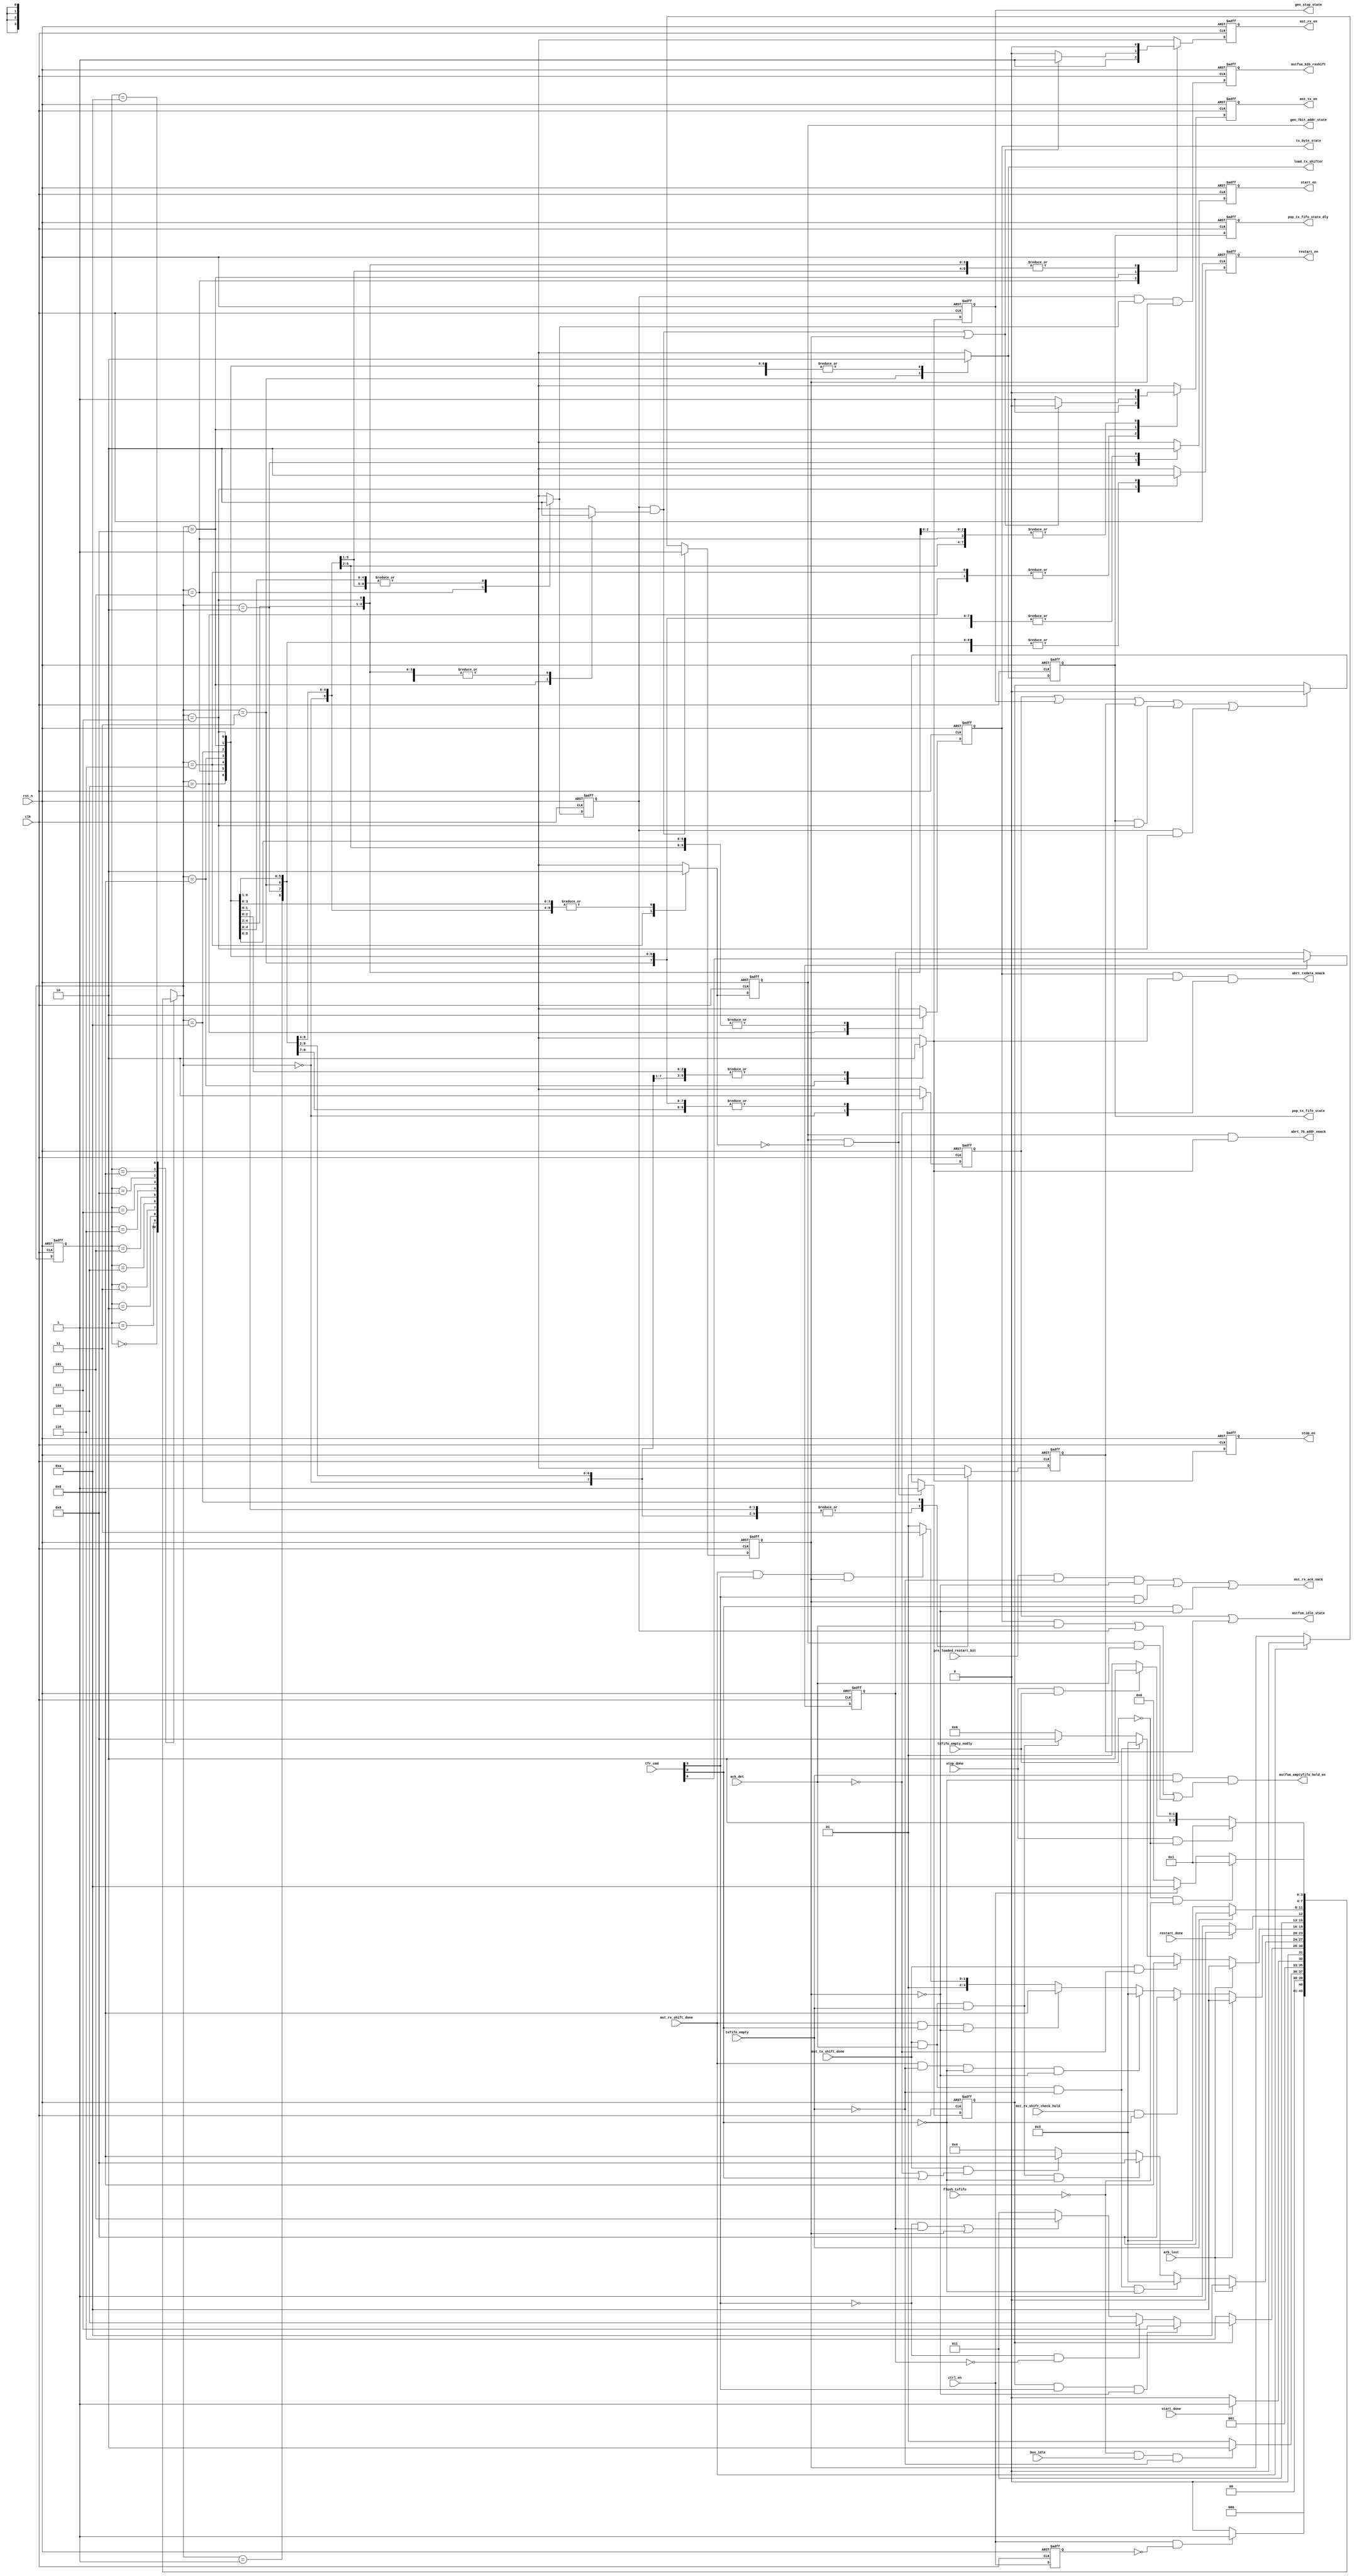
// (C) 2001-2018 Intel Corporation. All rights reserved.
// Your use of Intel Corporation's design tools, logic functions and other 
// software and tools, and its AMPP partner logic functions, and any output 
// files from any of the foregoing (including device programming or simulation 
// files), and any associated documentation or information are expressly subject 
// to the terms and conditions of the Intel Program License Subscription 
// Agreement, Intel FPGA IP License Agreement, or other applicable 
// license agreement, including, without limitation, that your use is for the 
// sole purpose of programming logic devices manufactured by Intel and sold by 
// Intel or its authorized distributors.  Please refer to the applicable 
// agreement for further details.


// synthesis translate_off
`timescale 1ns / 1ps
// synthesis translate_on

module altera_avalon_i2c_mstfsm (
    input           clk,
    input           rst_n,
    input           ctrl_en,
    input [9:0]     tfr_cmd,                   // TX shifter
    input           start_done,                 // Start gen
    input           stop_done,                  // Stop gen
    input           restart_done,               // Restart gen
    input           mst_tx_shift_done,          // TX shifter
    input           mst_rx_shift_done,          // RX shifter
    input           mst_rx_shift_check_hold,
    input           ack_det,
    input           bus_idle,
    input           arb_lost,
    input           txfifo_empty,
    input           txfifo_empty_nodly,
    input           pre_loaded_restart_bit,
    input           flush_txfifo,

    output          load_tx_shifter,            // TX shifter
    output reg      mst_tx_en,                  // TX shifter
    output reg      mst_rx_en,                  // RX shifter
    output reg      start_en,                   // Start gen
    output reg      restart_en,                 // Restart gen
    output reg      stop_en,                    // Stop gen
    output          mstfsm_emptyfifo_hold_en,  
    output reg      mstfsm_b2b_rxshift,
    output reg      tx_byte_state,
    output reg      gen_7bit_addr_state,
    output          mstfsm_idle_state,
    output reg      pop_tx_fifo_state,
    output reg      pop_tx_fifo_state_dly,
    output          mst_rx_ack_nack,
    output          abrt_txdata_noack,
    output          abrt_7b_addr_noack,  
    output reg      gen_stop_state

);

reg [3:0]   mst_fsm_state;
reg [3:0]   mst_fsm_state_nxt;
reg         rw_cmd;

wire        restart_cmd;
wire        stop_cmd;

reg         sent_7bit_addr;
reg         rx_hold_flag;

reg         gen_7bit_addr_state_nxt;
reg         pop_tx_fifo_state_nxt;
reg         tx_byte_state_nxt;

//reg         gen_start_state;
//reg         gen_start_state_nxt;
reg         idle_state;
reg         idle_state_nxt;
reg         rx_byte_state;
reg         rx_byte_state_nxt;
//reg         hold_state;
reg         hold_state_nxt;
reg         gen_stop_state_nxt;
reg         pre_idle_state_nxt;
reg         pre_idle_state;

reg         mst_tx_en_nxt;
reg         mst_rx_en_nxt;
reg         start_en_nxt;
reg         restart_en_nxt;
reg         stop_en_nxt;
reg         ctrl_en_dly;

wire        set_rx_hold_flag;
wire        set_7bit_addr;
wire        clear_rx_hold_flag;
wire        clear_sent_7bit_addr;
wire        gen_restart_7bit_state_nxt;
wire        mstfsm_b2b_rxshift_pre_flp;
wire        ctrl_en_pulse;
wire        rw_cmd_mux;



localparam [3:0]    IDLE                = 4'b0000;
localparam [3:0]    PRE_START           = 4'b0001;
localparam [3:0]    GEN_START           = 4'b0010;
localparam [3:0]    POP_TX_FIFO         = 4'b0011;
localparam [3:0]    TX_BYTE             = 4'b0100;
localparam [3:0]    RX_BYTE             = 4'b0101;
localparam [3:0]    GEN_7BIT_ADDR       = 4'b0110;
localparam [3:0]    GEN_RESTART_7BIT    = 4'b0111;
localparam [3:0]    BUS_HOLD            = 4'b1000; // Rename to BUS_HOLD, HOLD is EDIF, SDF keyword - Spyglass STARC05-1.1.1.3
localparam [3:0]    GEN_STOP            = 4'b1001;
localparam [3:0]    PRE_IDLE            = 4'b1010;


// Transfer Command bits mapping
assign  restart_cmd = tfr_cmd[9];
assign  stop_cmd    = tfr_cmd[8];

// Misc assignments
assign gen_restart_7bit_state_nxt   = (mst_fsm_state_nxt == GEN_RESTART_7BIT);
assign load_tx_shifter              = pop_tx_fifo_state_nxt;
assign set_7bit_addr                = gen_7bit_addr_state & ~gen_7bit_addr_state_nxt;
assign mstfsm_emptyfifo_hold_en     = txfifo_empty & ~stop_cmd & ((tx_byte_state & ack_det) | rx_byte_state | (gen_7bit_addr_state & ack_det));
assign mstfsm_b2b_rxshift_pre_flp   = rx_byte_state & rx_byte_state_nxt & rx_hold_flag;

assign mst_rx_ack_nack              =   (pre_loaded_restart_bit & ~txfifo_empty & ~rx_hold_flag) |
                                        (restart_cmd & rx_hold_flag) |
                                        (stop_cmd & ~rx_hold_flag);

assign mstfsm_idle_state    =   idle_state | pre_idle_state;
assign abrt_txdata_noack    =   tx_byte_state & gen_stop_state_nxt & ~ack_det;
assign abrt_7b_addr_noack   =   gen_7bit_addr_state & gen_stop_state_nxt;



// FSM registers
always @(posedge clk or negedge rst_n) begin
    if (!rst_n)
        mst_fsm_state <= IDLE;
    else
        mst_fsm_state <= mst_fsm_state_nxt;
end

// FSM state transition
always @* begin
    case (mst_fsm_state)
        IDLE: begin
            if (ctrl_en_pulse)
                mst_fsm_state_nxt = PRE_START;
            else
                mst_fsm_state_nxt = IDLE;
        end
        
        PRE_START: begin
            if (~flush_txfifo & bus_idle & ~txfifo_empty)
                mst_fsm_state_nxt = GEN_START;
            else
                mst_fsm_state_nxt = PRE_START;
        end

        GEN_START: begin
            if (start_done)
                mst_fsm_state_nxt = POP_TX_FIFO;
            else
                mst_fsm_state_nxt = GEN_START;
        end

        POP_TX_FIFO: begin
            if (~sent_7bit_addr)
                mst_fsm_state_nxt = GEN_7BIT_ADDR;
            else if (sent_7bit_addr & restart_cmd & ~rx_hold_flag)
                mst_fsm_state_nxt = GEN_RESTART_7BIT;
            else if (~restart_cmd & ~rw_cmd)
                mst_fsm_state_nxt = TX_BYTE;
            else if ((~restart_cmd & rw_cmd) | rx_hold_flag)
                mst_fsm_state_nxt = RX_BYTE;
            else
                mst_fsm_state_nxt = POP_TX_FIFO;
        end

        TX_BYTE: begin
            if (arb_lost)
                mst_fsm_state_nxt = PRE_IDLE;
            else if (mst_tx_shift_done & ack_det & ~txfifo_empty & ~stop_cmd)
                mst_fsm_state_nxt = POP_TX_FIFO;
            else if (mst_tx_shift_done & ack_det & txfifo_empty & ~stop_cmd)
                mst_fsm_state_nxt = BUS_HOLD;
            else if (mst_tx_shift_done & (~ack_det | stop_cmd))
                mst_fsm_state_nxt = GEN_STOP;
            else
                mst_fsm_state_nxt = TX_BYTE;
        end

        RX_BYTE: begin
            if (arb_lost)
                mst_fsm_state_nxt = PRE_IDLE;
            else if (mst_rx_shift_check_hold & ~stop_cmd)
                mst_fsm_state_nxt = BUS_HOLD;
            else if (mst_rx_shift_done & ~txfifo_empty & ~stop_cmd & ~rx_hold_flag)
                mst_fsm_state_nxt = POP_TX_FIFO;
            else if (mst_rx_shift_done & stop_cmd & ~rx_hold_flag)
                mst_fsm_state_nxt = GEN_STOP;
            else if (mst_rx_shift_done & restart_cmd & rx_hold_flag)
                mst_fsm_state_nxt = GEN_RESTART_7BIT;
            else
                mst_fsm_state_nxt = RX_BYTE;
        end

        GEN_7BIT_ADDR: begin
            if (arb_lost)
                mst_fsm_state_nxt = PRE_IDLE;
            else if (mst_tx_shift_done & ~ack_det)
                mst_fsm_state_nxt = GEN_STOP;
            else if (mst_tx_shift_done & ack_det & ~txfifo_empty)
                mst_fsm_state_nxt = POP_TX_FIFO;
            else if (mst_tx_shift_done & ack_det & txfifo_empty)
                mst_fsm_state_nxt = BUS_HOLD;
            else
                mst_fsm_state_nxt = GEN_7BIT_ADDR;
        end

        GEN_RESTART_7BIT: begin
            if (restart_done)
                mst_fsm_state_nxt = GEN_7BIT_ADDR;
            else
                mst_fsm_state_nxt = GEN_RESTART_7BIT;
        end

        BUS_HOLD: begin
            if (~txfifo_empty)
                mst_fsm_state_nxt = POP_TX_FIFO;
            else
                mst_fsm_state_nxt = BUS_HOLD;
        end

        GEN_STOP: begin
            if (stop_done & ~txfifo_empty_nodly)        // no delay version to avoid race condition between sw polling on core_status bit 
                mst_fsm_state_nxt = PRE_START;          // right after it write to txfifo vs core_status bit update
            else if (stop_done & txfifo_empty_nodly)
                mst_fsm_state_nxt = PRE_IDLE;
            else
                mst_fsm_state_nxt = GEN_STOP;
        end
        
        PRE_IDLE: begin
            if (~txfifo_empty_nodly & ~flush_txfifo)
                mst_fsm_state_nxt = PRE_START;
            else if (~ctrl_en) 
                mst_fsm_state_nxt = IDLE;
            else
                mst_fsm_state_nxt = PRE_IDLE;
        end

        default: begin
            mst_fsm_state_nxt = 4'bxxxx;
        end

    endcase
end


// Control signal based on FSM state
always @(posedge clk or negedge rst_n) begin
    if (!rst_n) begin
        mst_tx_en               <= 1'b0;
        mst_rx_en               <= 1'b0;
        start_en                <= 1'b0;
        stop_en                 <= 1'b0;
        restart_en              <= 1'b0;
        gen_7bit_addr_state     <= 1'b0;
        pop_tx_fifo_state       <= 1'b0;
        tx_byte_state           <= 1'b0;
        rx_byte_state           <= 1'b0;
        //gen_start_state         <= 1'b0;
        idle_state              <= 1'b1;
        //hold_state              <= 1'b0;
        gen_stop_state          <= 1'b0;
        pre_idle_state          <= 1'b0;
    end
    else begin
        mst_tx_en               <= mst_tx_en_nxt;
        mst_rx_en               <= mst_rx_en_nxt;
        start_en                <= start_en_nxt;
        stop_en                 <= stop_en_nxt;
        restart_en              <= restart_en_nxt;
        gen_7bit_addr_state     <= gen_7bit_addr_state_nxt;
        pop_tx_fifo_state       <= pop_tx_fifo_state_nxt;
        tx_byte_state           <= tx_byte_state_nxt;
        rx_byte_state           <= rx_byte_state_nxt;
        //gen_start_state         <= gen_start_state_nxt;
        idle_state              <= idle_state_nxt;
        //hold_state              <= hold_state_nxt;
        gen_stop_state          <= gen_stop_state_nxt;
        pre_idle_state          <= pre_idle_state_nxt;
    end
end


always @* begin
    mst_tx_en_nxt               = 1'b0;
    mst_rx_en_nxt               = 1'b0;
    start_en_nxt                = 1'b0;
    stop_en_nxt                 = 1'b0;
    restart_en_nxt              = 1'b0;
    gen_7bit_addr_state_nxt     = 1'b0;
    pop_tx_fifo_state_nxt       = 1'b0;
    tx_byte_state_nxt           = 1'b0;
    rx_byte_state_nxt           = 1'b0;
    //gen_start_state_nxt         = 1'b0;
    idle_state_nxt              = 1'b0;
    hold_state_nxt              = 1'b0;
    gen_stop_state_nxt          = 1'b0;
    pre_idle_state_nxt          = 1'b0;

    case (mst_fsm_state_nxt)
        IDLE: begin
             idle_state_nxt = 1'b1;
        end
        
        PRE_START: begin
            // Not used
        end

        GEN_START: begin
            start_en_nxt        = 1'b1;    
            //gen_start_state_nxt = 1'b1;
        end

        POP_TX_FIFO: begin
            pop_tx_fifo_state_nxt = 1'b1;
        end

        TX_BYTE: begin
            mst_tx_en_nxt       = 1'b1;
            tx_byte_state_nxt   = 1'b1;
        end

        RX_BYTE: begin
            mst_rx_en_nxt       = 1'b1;    
            rx_byte_state_nxt   = 1'b1;
        end
            
        GEN_7BIT_ADDR: begin
            mst_tx_en_nxt           = 1'b1;
            gen_7bit_addr_state_nxt = 1'b1;
        end
            
        GEN_RESTART_7BIT: begin
            restart_en_nxt  = 1'b1;
        end

        BUS_HOLD: begin
            hold_state_nxt  = 1'b1;
            
            if (set_rx_hold_flag | rx_hold_flag) begin  // case:406120 This branch to handle scenario where BUS_HOLD is transitioned from RX_BYTE
                mst_tx_en_nxt   = 1'b0;
                mst_rx_en_nxt   = 1'b1;
            end
            else begin                                  // case:406120 This branch to handle scenario where BUS_HOLD is transitioned from TX_BYTE or GEN_7BIT_ADDR
                mst_tx_en_nxt   = 1'b1;
                mst_rx_en_nxt   = 1'b0;
            end
        end

        GEN_STOP: begin
            stop_en_nxt         = 1'b1;
            gen_stop_state_nxt  = 1'b1;
        end
        
        PRE_IDLE: begin
            pre_idle_state_nxt  = 1'b1;
        end
            
        default: begin
            mst_tx_en_nxt               = 1'bx;    
            mst_rx_en_nxt               = 1'bx;
            start_en_nxt                = 1'bx;
            restart_en_nxt              = 1'bx;
            stop_en_nxt                 = 1'bx;
            gen_7bit_addr_state_nxt     = 1'bx;
            pop_tx_fifo_state_nxt       = 1'bx;
            tx_byte_state_nxt           = 1'bx;
            rx_byte_state_nxt           = 1'bx;
            //gen_start_state_nxt         = 1'bx;
            idle_state_nxt              = 1'bx;
            hold_state_nxt              = 1'bx;
            gen_stop_state_nxt          = 1'bx;
            pre_idle_state_nxt          = 1'bx;
        end

    endcase
end


assign clear_sent_7bit_addr =   idle_state |
                                gen_stop_state |
                                pre_idle_state |
                                (pop_tx_fifo_state & gen_restart_7bit_state_nxt) |
                                (rx_byte_state & gen_restart_7bit_state_nxt);


// stored read or write request bit during address phase.
always @(posedge clk or negedge rst_n) begin
    if (!rst_n)
        rw_cmd <= 1'b0;
    else
        rw_cmd <= rw_cmd_mux;
end

// case:405219 unregistered version (tfr_cmd[0] instead of rw_cmd) is needed in mst_tx_en_nxt and mst_rx_en_nxt logic generation (during GEN_7BIT_ADDR to BUS_HOLD scenario)
assign rw_cmd_mux = set_7bit_addr ? tfr_cmd[0] : rw_cmd;

always @(posedge clk or negedge rst_n) begin
    if (!rst_n)
        sent_7bit_addr <= 1'b0;
    else if (set_7bit_addr)
        sent_7bit_addr <= 1'b1;
    else if (clear_sent_7bit_addr)
        sent_7bit_addr <= 1'b0;
    else
        sent_7bit_addr <= sent_7bit_addr;
end

always @(posedge clk or negedge rst_n) begin
    if (!rst_n)
        pop_tx_fifo_state_dly <= 1'b0;
    else
        pop_tx_fifo_state_dly <= pop_tx_fifo_state;
end


assign set_rx_hold_flag     = rx_byte_state & hold_state_nxt; 
assign clear_rx_hold_flag   = mst_rx_shift_done; 

always @(posedge clk or negedge rst_n) begin
    if (!rst_n)
        rx_hold_flag <= 1'b0;
    else if (set_rx_hold_flag)
        rx_hold_flag <= 1'b1;
    else if (clear_rx_hold_flag)
        rx_hold_flag <= 1'b0;
    else
        rx_hold_flag <= rx_hold_flag;
end

always @(posedge clk or negedge rst_n) begin
    if (!rst_n) begin
        mstfsm_b2b_rxshift <= 1'b0;
    end
    else begin
        mstfsm_b2b_rxshift <= mstfsm_b2b_rxshift_pre_flp;
    end
end

always @(posedge clk or negedge rst_n) begin
    if (!rst_n)
        ctrl_en_dly <= 1'b0;
    else
        ctrl_en_dly <= ctrl_en;
end

assign ctrl_en_pulse = ctrl_en & ~ctrl_en_dly; 

endmodule